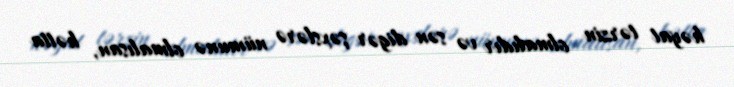
həyat tərzin olmalıdır və sən digər şəxslərə nümunə olmalısan, hətta